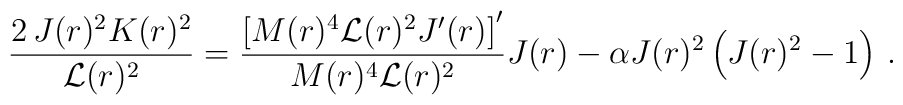
\frac{2 \, J(r)^2 K(r)^2}{\mathcal{L}(r)^2} =  \frac{\left[ M(r)^4    \mathcal{L}(r)^2 J'(r) \right]'}{M(r)^4 \mathcal{L}(r)^2} J(r)     -\alpha J(r)^2 \left( J(r)^2-1\right) \, .